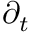
\partial _ { { t } }